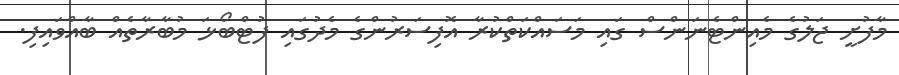
މާފުށީ ޖަލުގެ މެއިންޓެނަންސް ގައި މަސައްކަތްކުރާ އޮފިސަރުންގެ މެދުގައި ފުޓްބޯޅަ މުބާރާތެއް ބާއްވައިފި.